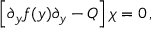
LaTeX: \left[ \partial _ { y } f ( y ) \partial _ { y } - { \cal Q } \right] \chi = 0 \, ,